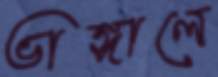
ভাঙ্গালে